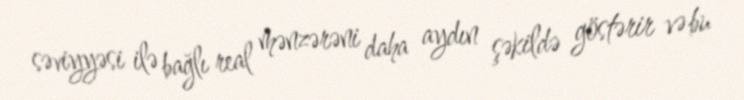
səviyyəsi ilə bağlı real mənzərəni daha aydın şəkildə göstərir və bu